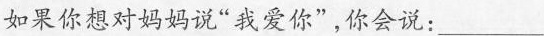
如果你想对妈妈说”我爱你”，你会说：___